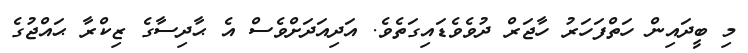
މި ބީދައިން ހަތްފަހަރު ހާޖަރް ދުވެވެޑައިގަތެވެ. އަދިއަދަށްވެސް އެ ޙާދިސާގެ ޒިކްރާ ޙައްޖުގެ